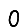
Digit: 0